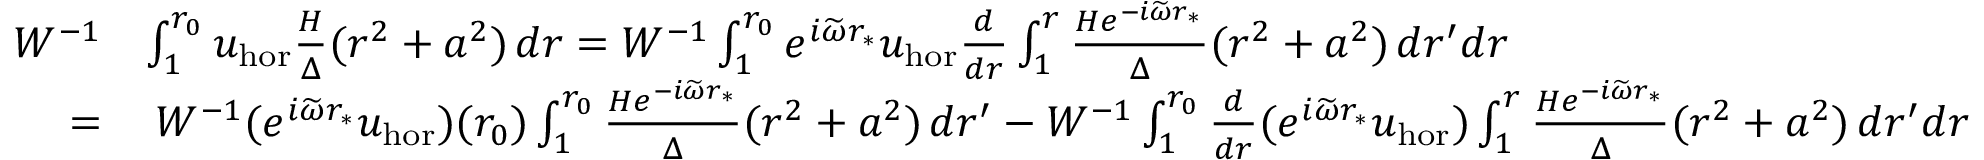
\begin{array} { r l } { W ^ { - 1 } } & { \int _ { 1 } ^ { r _ { 0 } } u _ { \mathrm { h o r } } \frac { H } { \Delta } ( r ^ { 2 } + a ^ { 2 } ) \, d r = W ^ { - 1 } \int _ { 1 } ^ { r _ { 0 } } e ^ { i \widetilde { \omega } r _ { * } } { u } _ { \mathrm { h o r } } \frac { d } { d r } \int _ { 1 } ^ { r } \frac { H e ^ { - i \widetilde { \omega } r _ { * } } } { \Delta } ( r ^ { 2 } + a ^ { 2 } ) \, d r ^ { \prime } d r } \\ { = } & { \: W ^ { - 1 } ( e ^ { i \widetilde { \omega } r _ { * } } { u } _ { \mathrm { h o r } } ) ( r _ { 0 } ) \int _ { 1 } ^ { r _ { 0 } } \frac { H e ^ { - i \widetilde { \omega } r _ { * } } } { \Delta } ( r ^ { 2 } + a ^ { 2 } ) \, d r ^ { \prime } - W ^ { - 1 } \int _ { 1 } ^ { r _ { 0 } } \frac { d } { d r } ( e ^ { i \widetilde { \omega } r _ { * } } { u } _ { \mathrm { h o r } } ) \int _ { 1 } ^ { r } \frac { H e ^ { - i \widetilde { \omega } r _ { * } } } { \Delta } ( r ^ { 2 } + a ^ { 2 } ) \, d r ^ { \prime } d r } \end{array}